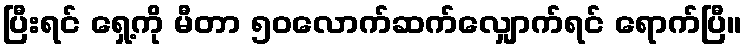
ပြီးရင် ရှေ့ကို မီတာ ၅၀လောက်ဆက်လျှောက်ရင် ရောက်ပြီ။